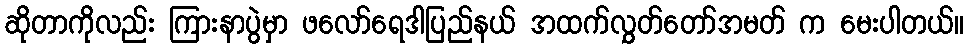
ဆိုတာကိုလည်း ကြားနာပွဲမှာ ဖလော်ရေဒါပြည်နယ် အထက်လွှတ်တော်အမတ် က မေးပါတယ်။